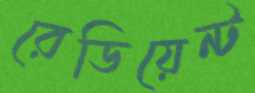
রেডিয়েন্ট